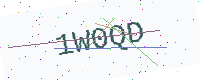
Text: 1W0QD